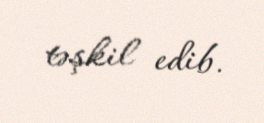
təşkil edib.